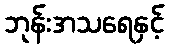
ဘုန်းအသရေနှင့်